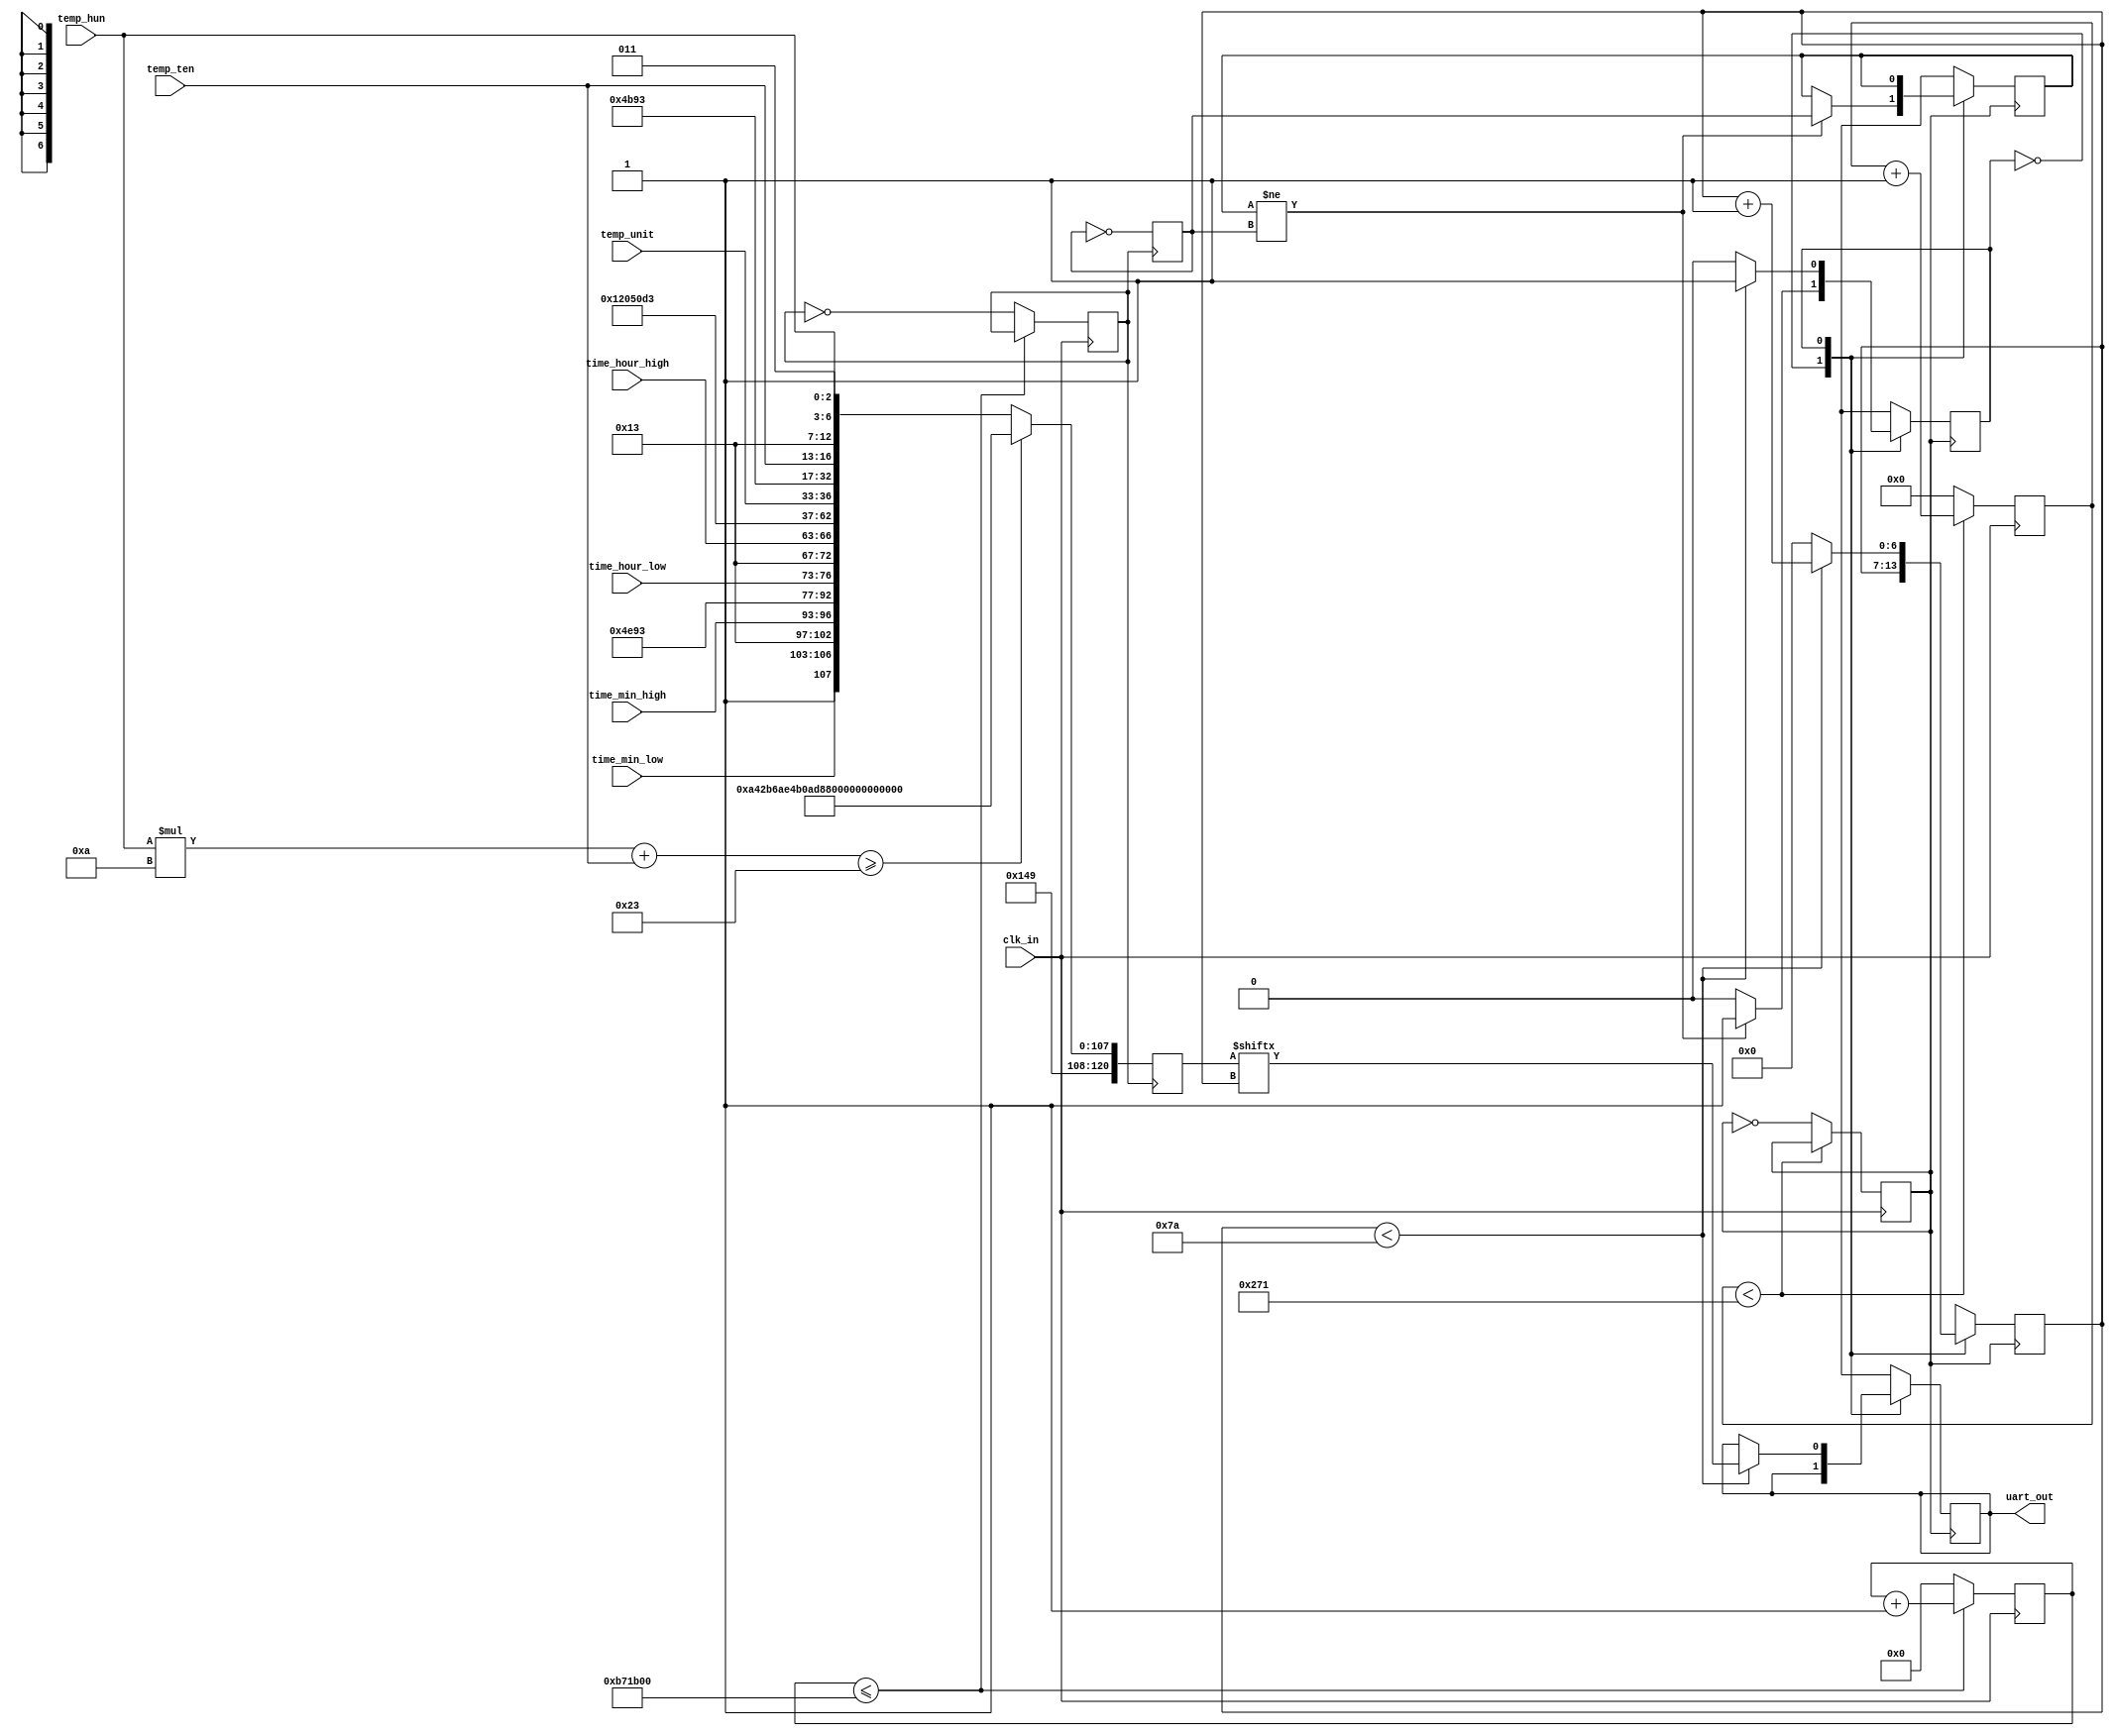
module uart_tx(
    input           clk_in,
    input   [3:0]   temp_hun,
    input   [3:0]   temp_ten,
    input   [3:0]   temp_unit,
    input   [3:0]   time_hour_high,
    input   [3:0]   time_hour_low,
    input   [3:0]   time_min_high,
    input   [3:0]   time_min_low,

    output          uart_out
);

localparam IDLE = 2'b0;
localparam SEND = 2'b1;

reg uart_out,flag_1,flag_2,state;
reg [120:0] uart_data;
reg [7:0] tab[9:0];
reg [6:0] i;

reg clk_uart;
reg[9:0] times;
always @(posedge clk_in) begin
	if(times < 625)
	    times = times+1;
	else begin
		clk_uart = ~clk_uart;
		times = 0;
	end
end

reg clk_en;
reg [23:0] clk_en_cnt;
always @(posedge clk_in) begin
    if (clk_en_cnt <= 12_000_000) begin
        clk_en_cnt = clk_en_cnt + 1;
    end else begin
        clk_en_cnt = 0;
        clk_en = ~clk_en;
    end
end

always @(posedge clk_en) begin
    if ((temp_hun * 10 + temp_ten ) >= 35) begin
        uart_data = {  
            1'd1,8'd10,1'd0,                   //return
            1'd1,8'd33,1'd0,                   //!
            1'd1,8'd33,1'd0,                   //!
            1'd1,8'd109,1'd0,                  //m
            1'd1,8'd114,1'd0,                  //r
            1'd1,8'd97,1'd0,                   //a
            1'd1,8'd108,1'd0,                  //l
            1'd1,8'd65,1'd0,                   //A
            1'd1,8'd112,1'd0,                  //p
            1'd1,8'd109,1'd0,                  //m
            1'd1,8'd101,1'd0,                  //e
            1'd1,8'd84,1'd0,                   //T
            1'd1,1'd1
        };
    end else 
	uart_data = {  
        1'd1,8'd10,1'd0,                   //return
        1'd1,4'd3,time_min_low,1'd0,       //分钟低位
        1'd1,4'd3,time_min_high,1'd0,      //分钟高位
        1'd1,8'd58,1'd0,                   //:
        1'd1,4'd3,time_hour_low,1'd0,      //小时低位
        1'd1,4'd3,time_hour_high,1'd0,     //小时高位
        1'd1,8'd32,1'd0,                   //space
        1'd1,8'd67,1'd0,                   //C
        1'd1,4'd3,temp_unit,1'd0,          //one tenth
        1'd1,8'd46,1'd0,                   //point
        1'd1,4'd3,temp_ten,1'd0,           //unit
        1'd1,4'd3,temp_hun,1'd0,           //ten
        1'd1,1'd1
    };
	flag_1 = ~flag_1;
end

always @(posedge clk_uart) begin
	case(state)
	    IDLE: begin
                if(flag_2 != flag_1) begin
				    flag_2 = flag_1;
				    state = SEND;
			    end
        end
		SEND: begin
            if(i < 122) begin
				uart_out = uart_data[i];
				i = i+1;
			end else begin
				i = 0;
				state = IDLE;
			end
        end  
    endcase
end

endmodule